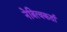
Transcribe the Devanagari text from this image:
नेत्रित्वकर्ता